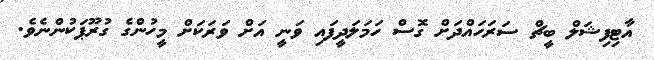
އާޓިފިޝަލް ބީޗް ސަރަހައްދަށް ގޮސް ހަމަލަދީފައި ވަނީ އަށް ވަރަކަށް މީހުންގެ ގުރޫޕަކުންނެވެ.